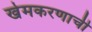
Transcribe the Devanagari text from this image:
खेमकरणाची